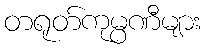
တရုတ်ကုမ္ပဏီများ